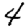
Digit: 4